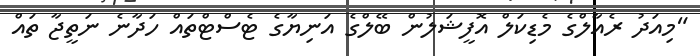
"މިއަދު ރެއާލްގެ މެޑިކަލް އޮފީޝަލުން ބޭލްގެ އަނިޔާގެ ޓެސްޓްތައް ހަދާނެ ނަތީޖާ ތައް